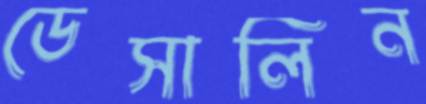
ডেসালিন